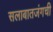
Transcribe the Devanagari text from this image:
सलाबातजंगची